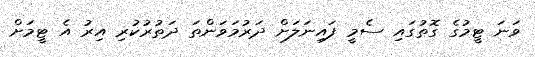
ވަނަ ޓީމުގެ ގޮތުގައި ސެމީ ފައިނަލަށް ދަރުމަވަންތަ ދަތުރުކުރި އިރު އެ ޓީމަށް